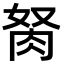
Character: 胬